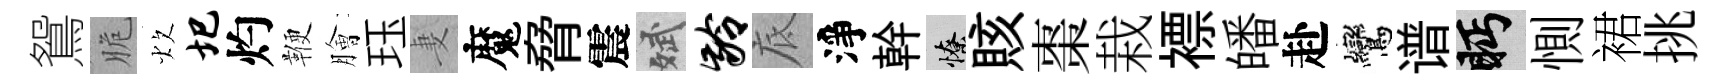
鴛脆炊圯灼鞭膾珏妻魔脅震斌龄底淨幹憭賅棗栽褾皤赴鸞谱眄惻裙挑